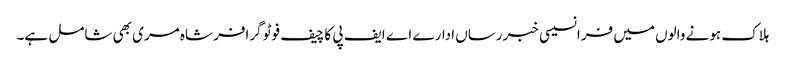
ہلاک ہونے والوں میں فرانسیسی خبررساں ادارے اے ایف پی کا چیف فوٹو گرافر شاہ مری بھی شامل ہے۔